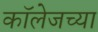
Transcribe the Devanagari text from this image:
काॅलेजच्या